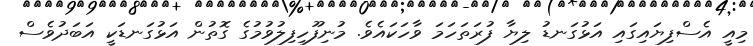
މިއީ އެސްފިޔައިގައި އަޅުގަނޑު ލިޔާ ފުރަތަހަމަ ވާހަކައެވެ. މުނިފޫހިފިލުވުމުގެ ގޮތުން އަޅުގަނޑަކީ އަބަދުވެސް